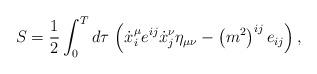
LaTeX: \begin{align*}S=\frac 12\int_0^Td\tau \,\left( \dot{x}_i^\mu e^{ij}\dot{x}_j^\nu \eta_{\mu \nu }-\left( m^2\right)^{ij}e_{ij}\right),\end{align*}